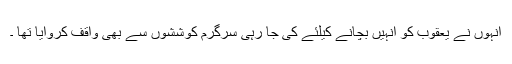
انہوں نے یعقوب کو انہیں بچانے کیلئے کی جا رہی سرگرم کوششوں سے بھی واقف کروایا تھا ۔